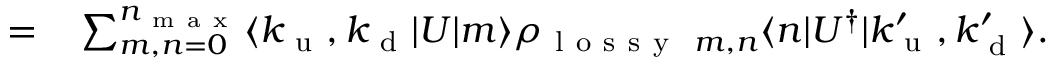
\begin{array} { r l } { = } & { { } \sum _ { m , n = 0 } ^ { n _ { \mathrm { ~ m ~ a ~ x ~ } } } \langle k _ { \mathrm { ~ u ~ } } , k _ { \mathrm { ~ d ~ } } \vert U \vert m \rangle \rho _ { \mathrm { ~ l ~ o ~ s ~ s ~ y ~ } ~ m , n } \langle n \vert U ^ { \dag } \vert k _ { \mathrm { ~ u ~ } } ^ { \prime } , k _ { \mathrm { ~ d ~ } } ^ { \prime } \rangle . } \end{array}